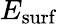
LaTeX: E_{\mathrm{surf}}